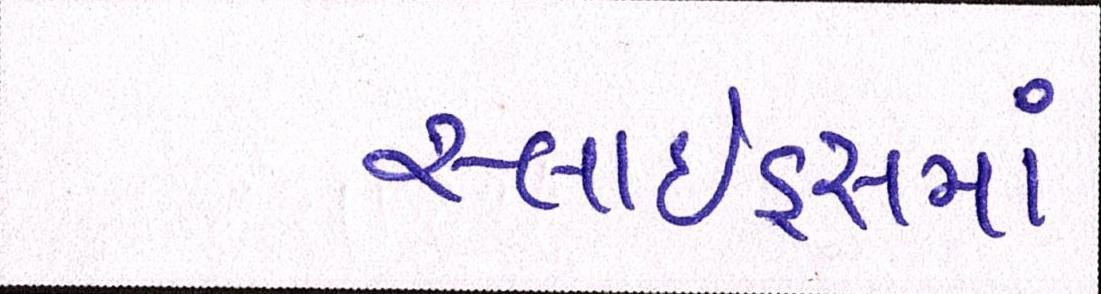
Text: સ્લાઇડ્સમાં